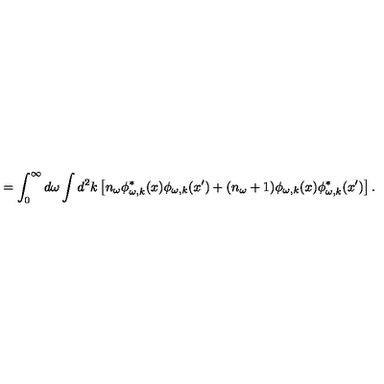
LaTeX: = \int _ { 0 } ^ { \infty } d \omega \int d ^ { 2 } k \left[ n _ { \omega } \phi _ { \omega , k } ^ { * } ( x ) \phi _ { \omega , k } ( x ^ { \prime } ) + ( n _ { \omega } + 1 ) \phi _ { \omega , k } ( x ) \phi _ { \omega , k } ^ { * } ( x ^ { \prime } ) \right] .